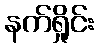
နက်ရှိုင်း